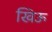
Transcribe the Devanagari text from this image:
खिऊ